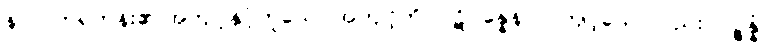
နာလကရဟန်း၏ အကျင့်နှင့်တူသော အကျင့်ကို။ ပဋိပန္နေနာပိ၊ ကျင့်သော်လည်း။ ပဉ္စန္နံ